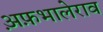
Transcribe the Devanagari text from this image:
अ़फ़भालेराव